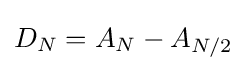
D_{N}=A_{N}-A_{N/2}